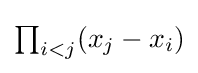
{\textstyle \prod _{i<j}(x_{j}-x_{i})}